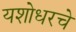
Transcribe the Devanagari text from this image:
यशोधरचे